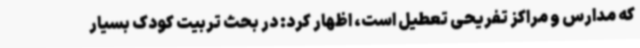
که مدارس و مراکز تفریحی تعطیل است، اظهار کرد: در بحث تربیت کودک بسیار